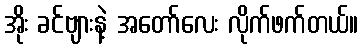
အိုး ခင်ဗျားနဲ့ အတော်လေး လိုက်ဖက်တယ်။